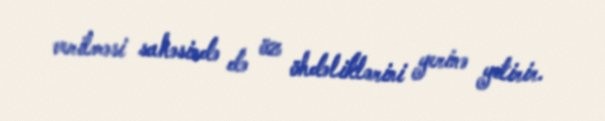
verilməsi sahəsində də öz öhdəliklərini yerinə yetirir.